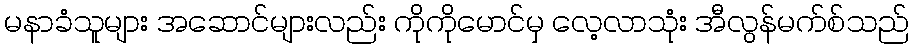
မနာခံသူများ အဆောင်များလည်း ကိုကိုမောင်မှ လေ့လာသုံး အီလွန်မက်စ်သည်